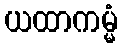
ယထာကမ္မံ